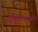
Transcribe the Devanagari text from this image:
प्रतिजीवाण्विक